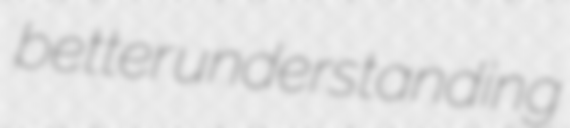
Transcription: better understanding